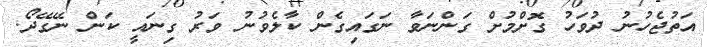
އަތުޖެހުނު ދުވަހު ގޮށްމުށް ގަންނަވާ ނަގައިގެން ކާލެވުނު ވަރު ގިނައީ ކަން ނޭގޭދޯ.